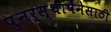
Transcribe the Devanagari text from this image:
पुनर्स्थापनेसाठी